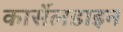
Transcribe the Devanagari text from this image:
कार्सेलडाइन